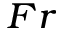
_ { F r }